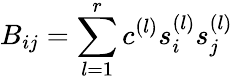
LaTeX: {B_{ij}=\sum_{l=1}^{r}c^{(l)}s_{i}^{(l)}s_{j}^{(l)}}